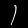
Digit: 1